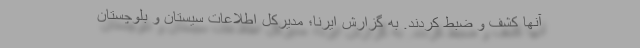
آنها کشف و ضبط کردند. به گزارش ایرنا؛ مدیرکل اطلاعات سیستان و بلوچستان